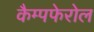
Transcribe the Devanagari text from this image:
कैम्पफेरोल